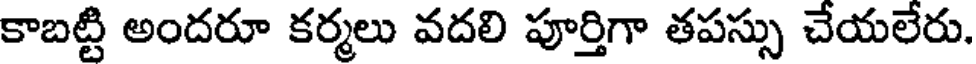
కాబట్టి అందరూ కర్మలు వదలి పూర్తిగా తపస్సు చేయలేరు.